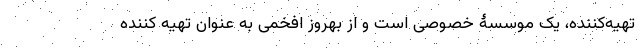
تهیه‌کننده، یک موسسۀ خصوصی است و از بهروز افخمی به عنوان تهیه کننده